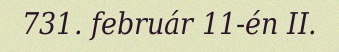
731. február 11-én II.